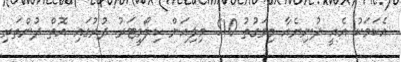
އެކަމަކު އެއީ ދުނިޔެއާ މިވަގުތު 510 މިލިއަން ކިލޯމީޓަރު ދުރުގައި އޮތް ދުންތަރި